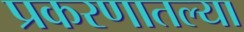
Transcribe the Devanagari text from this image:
प्रकरणातल्या